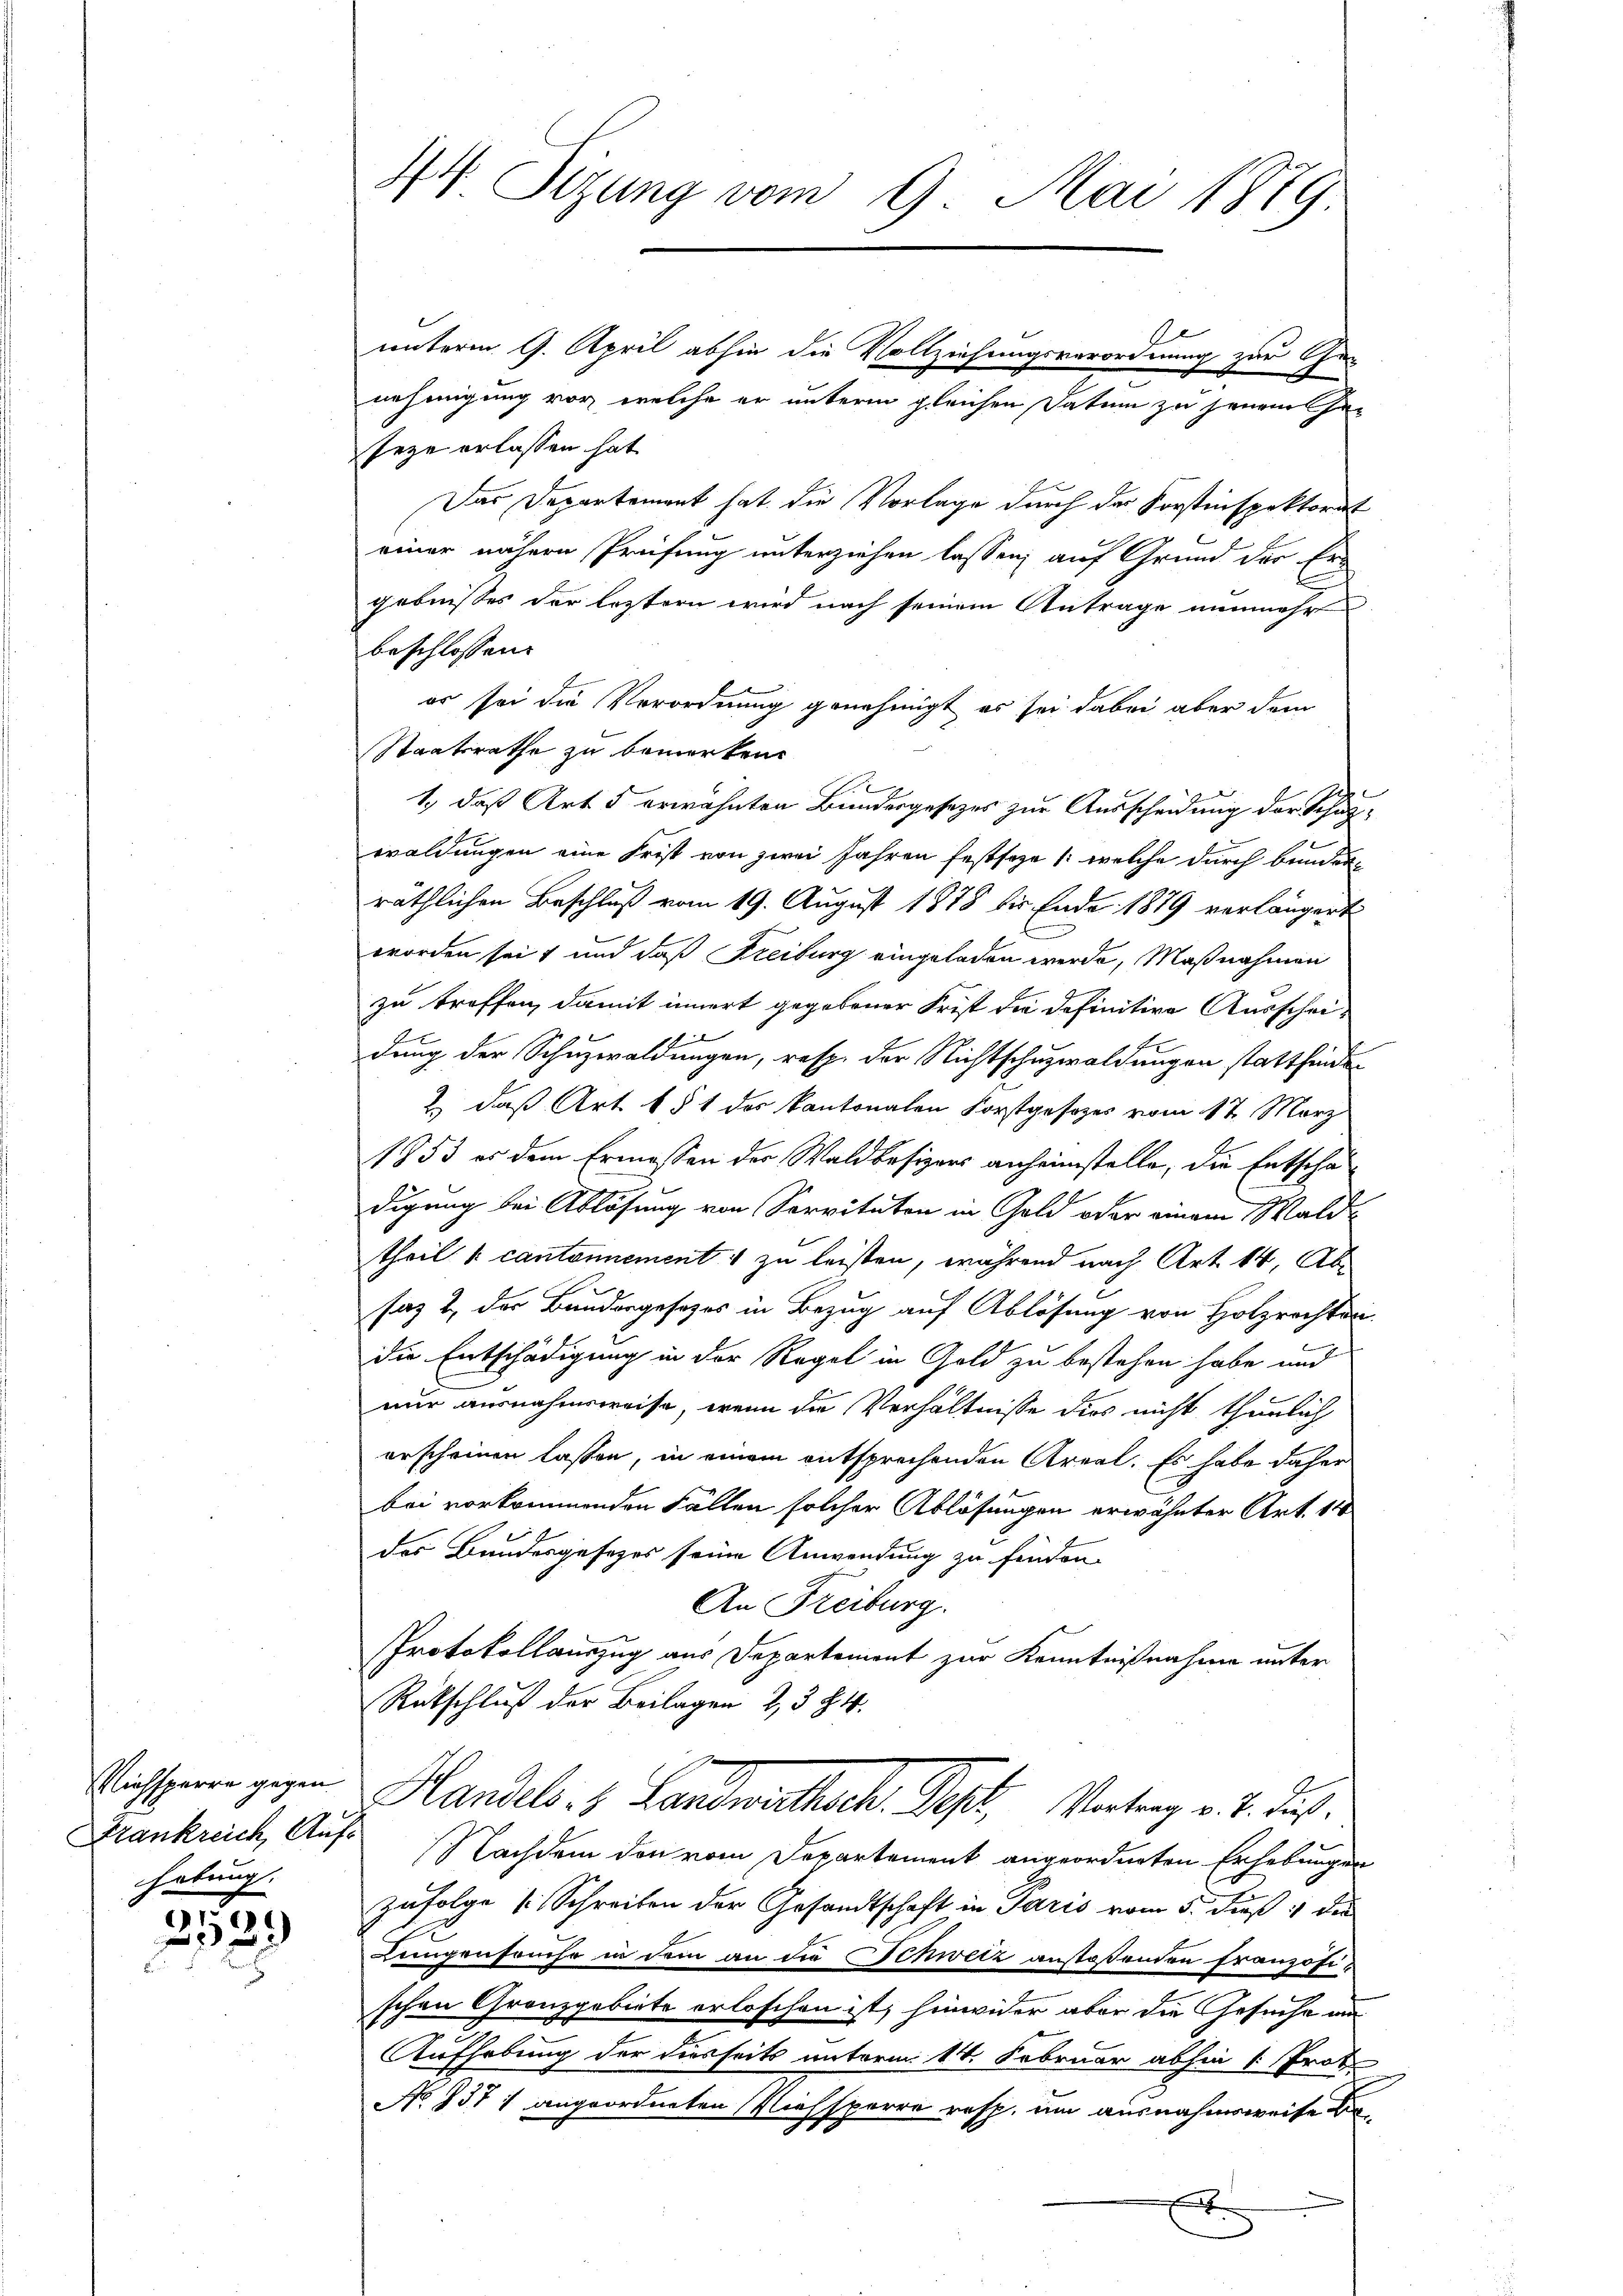
habung.

5
323

44. Sitzung vom 9. Mai 1889

unterm 9. April abhin die Vollziehungsverordnung zur Ge-
e
nehmigung vor, welche er unterm gleichen Datum zu jenem Ge-
seze erlassen hat
Das Departement hat die Vorlage durch der Korstinspektorat
einer nähern Prüfung unterziehen lassen; auf Grund der Ergebnisses der leztern wird nach seinem Antrage nunmehr
beschlossen:
er sei die Verordnung genehmigt es sei dabei aber der
Staatsrathe zu bemerken.
1., daß Art. 5 erwähnten Bundesgesezes zur Ausscheidung der Schupwaldungen eine Frist von zwei Jahren festseze /: welche durch bunden-
räthlichen Beschluß vom 19. August 1878 bis Ende 1879 verlängert
worden seit und daß Freiburg eingeladen werde, Maßnahmen
zu treffen, damit innert gegebener Frist die definitive Ausscheie
E
dung der Schuzwaldungen, resp. der Nichtschuzwaldungen stattfinde
2) daß Art. 6 § 1 des Kantonalen Forstgesezes vom 17. März
1853 er dem Ermessen der Waldbesizers anheimstelle, die Entschädigung bei Ablösung von Servituten in Geld oder einem Wald-
theil v. cantonnement & zu leisten, während nach Art. 14, Absaz 2 des Bundergesezes in Bezug auf Ablösung von Holzrachtori
die Entschädigung in der Regel in Gold zu bestehen habe und
nur ausnahmsweise, wenn die Verhältnisse dies nicht thunlich
erscheinen lassen, in einem entsprechenden Areal. Es habe daher
bei vorkommenden Fällen solcher Ablösungen erwähnter Art. 110
des Bundesgesezes seine Anwendung zu finden.
An Freiburg.
Protokollauszug aus Departement zur Kenntnißnahme unter
Rückschluß der Beilagen 2, 384.
Nachsenen gegen Handels 4. Landwirthsch. Sept., Vortrag v. 2. Fuß.
Frankreich, Aufs Nachdem den vom Departement angeordneten Erhebungen
zufolge [Schreiben der Gesandtschaft in Paris vom 5. Fuß 11 de
.
Lungenseuche in dem an die Schweiz anstoßenden Französischen Granzgebiete erloschen ist, hinwider aber die Gesuche um
Aufhebung der diesseits unterm 14. Februar abhin 1 Prof.
No 1371 angeordneten Viehsperre resp. um ausnahmsweise bex